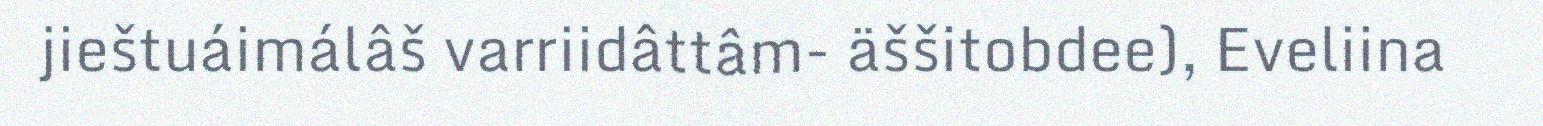
jieštuáimálâš varriidâttâm- äššitobdee), Eveliina